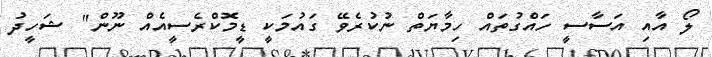
ލޯ އާއި އަސާސީ ހައްގުތައް ހިމާޔަތް ނުކުރެވޭ ގައުމަކީ ޑީމޮކްރެސީއެއް ނޫން" ޝަހީދު